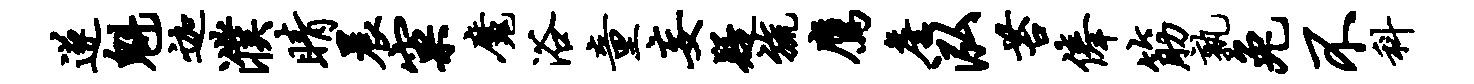
遂魁迦濮睛晨窠魔浴童妄疑旒鹰詹泓苔俸筋孰兔不科